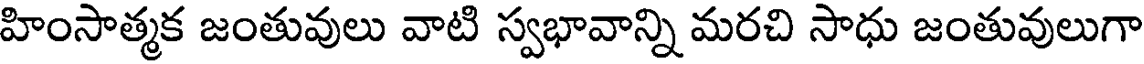
హింసాత్మక జంతువులు వాటి స్వభావాన్ని మరచి సాధు జంతువులుగా